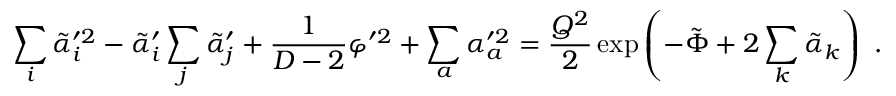
\sum _ { i } \tilde { \alpha } _ { i } ^ { \prime 2 } - \tilde { \alpha } _ { i } ^ { \prime } \sum _ { j } \tilde { \alpha } _ { j } ^ { \prime } + { \frac { 1 } { D - 2 } } \varphi ^ { \prime 2 } + \sum _ { a } \alpha _ { a } ^ { \prime 2 } = { \frac { Q ^ { 2 } } { 2 } } \exp \left( - \tilde { \Phi } + 2 \sum _ { k } \tilde { \alpha } _ { k } \right) \ .